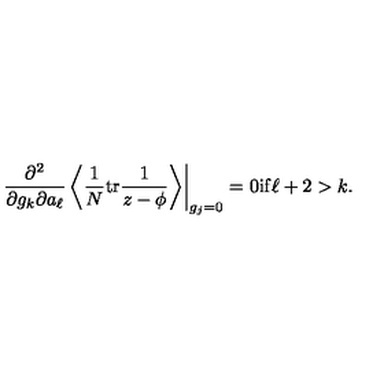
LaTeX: \left. \frac { \partial ^ { 2 } } { \partial g _ { k } \partial a _ { \ell } } \left\langle \frac 1 N \mathrm { t r } \frac { 1 } { z - \phi } \right\rangle \right| _ { g _ { j } = 0 } = 0 \mathrm { i f } \ell + 2 > k .